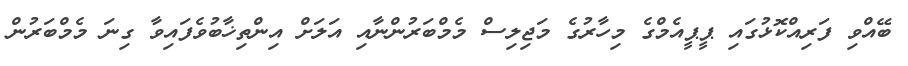
ބޭއްވި ފަރިއްކޮޅުގައި ޕީޕީއެމްގެ މިހާރުގެ މަޖިލިސް މެމްބަރުންނާއި އަލަށް އިންތިޚާބުވެފައިވާ ގިނަ މެމްބަރުން